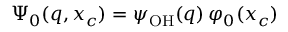
\Psi _ { 0 } ( q , x _ { c } ) = \psi _ { \mathrm { O H } } ( q ) \, \varphi _ { 0 } ( x _ { c } )